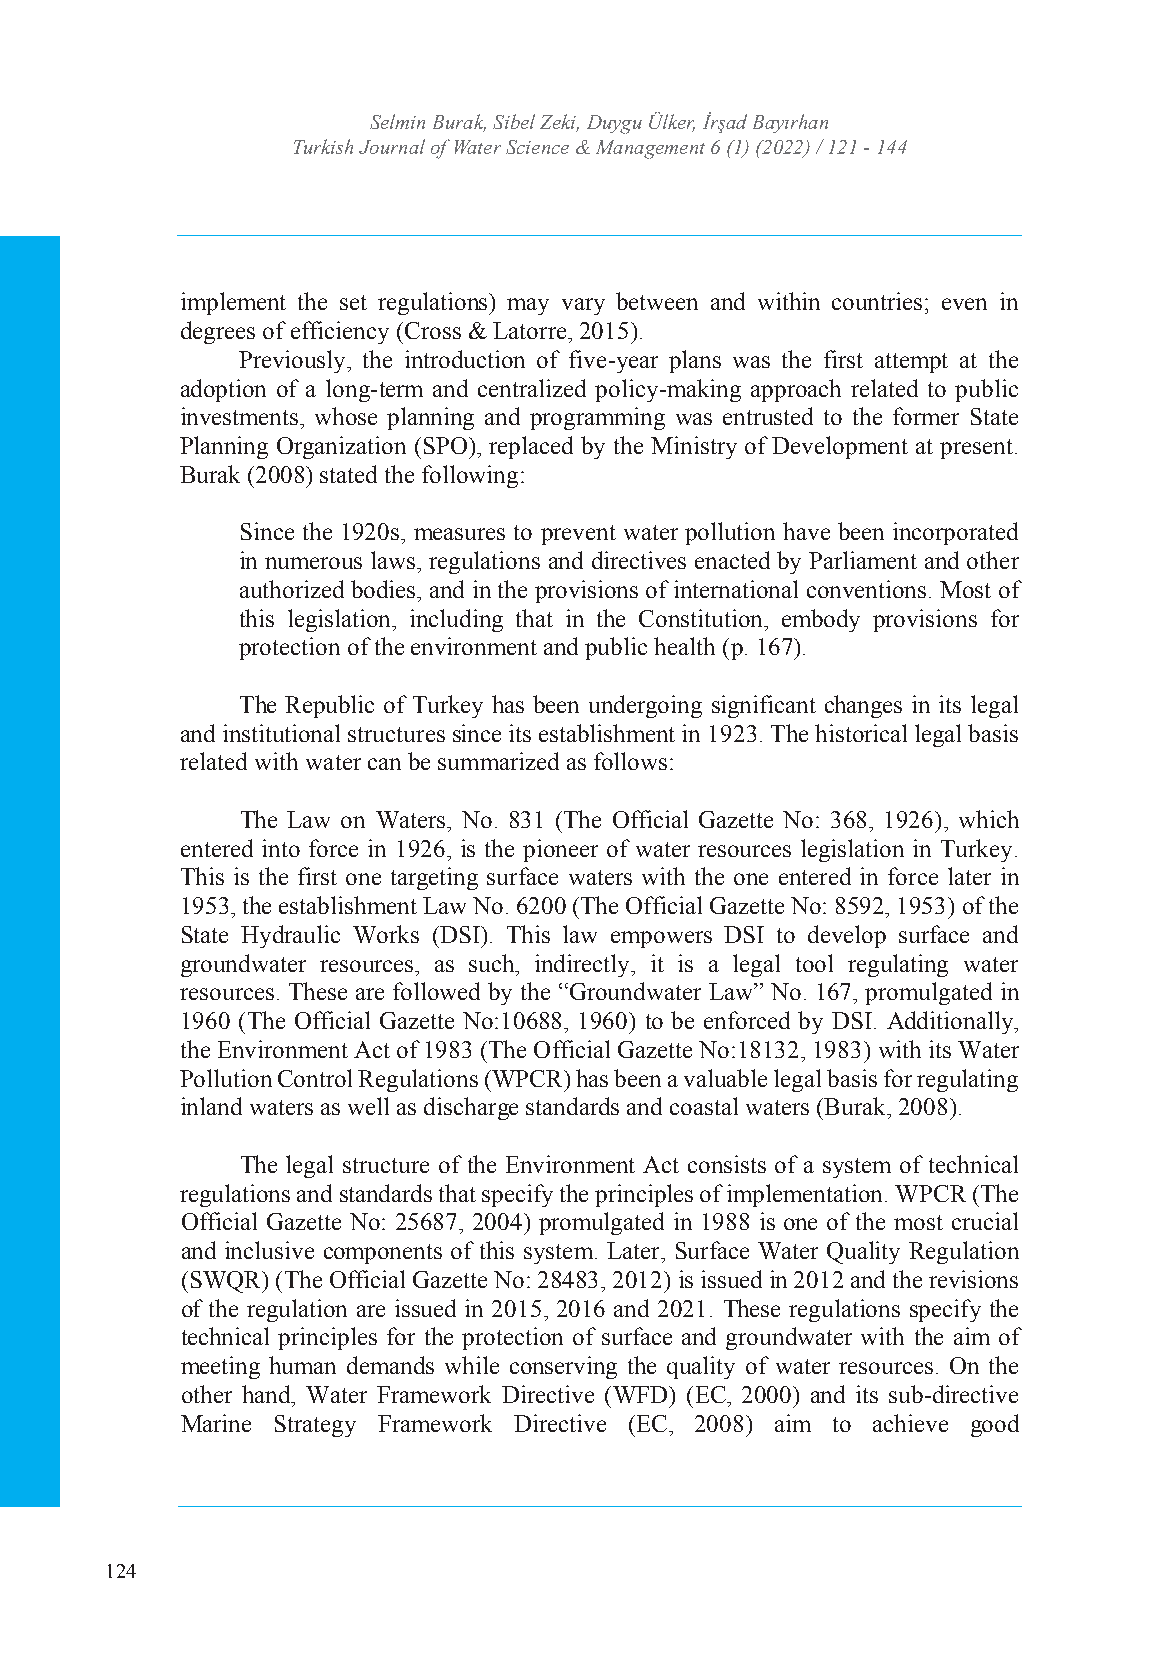
SelTmuirnk Bisuhr Jaoku, rSniable ol fZ Wekai,t eDr uSycgiuen Ücelk &er ,M İraşnaadg Bemayeınrhtan
 Turkish Journal of WaIStSeNr :S 2c5i3e6n 4c7e4 &X /M e-aISnSaNg: e2m56e4n-7t 363 4(1) (2022) / 121 - 144
 Volume: 6 Issue: 1 Year: 2022
 implement the set regulations) may vary between and within countries; even in
 degrees of efficiency (Cross & Latorre, 2015).
 Previously, the introduction of five-year plans was the first attempt at the
 adoption of a long-term and centralized policy-making approach related to public
 investments, whose planning and programming was entrusted to the former State
 Planning Organization (SPO), replaced by the Ministry of Development at present.
 Burak (2008) stated the following:
 Since the 1920s, measures to prevent water pollution have been incorporated
 in numerous laws, regulations and directives enacted by Parliament and other
 authorized bodies, and in the provisions of international conventions. Most of
 this legislation, including that in the Constitution, embody provisions for
 protection of the environment and public health (p. 167).
 The Republic of Turkey has been undergoing significant changes in its legal
 and institutional structures since its establishment in 1923. The historical legal basis
 related with water can be summarized as follows:
 The Law on Waters, No. 831 (The Official Gazette No: 368, 1926), which
 entered into force in 1926, is the pioneer of water resources legislation in Turkey.
 This is the first one targeting surface waters with the one entered in force later in
 1953, the establishment Law No. 6200 (The Official Gazette No: 8592, 1953) of the
 State Hydraulic Works (DSI). This law empowers DSI to develop surface and
 groundwater resources, as such, indirectly, it is a legal tool regulating water
 resources. These are followed by the “Groundwater Law” No. 167, promulgated in
 1960 (The Official Gazette No:10688, 1960) to be enforced by DSI. Additionally,
 the Environment Act of 1983 (The Official Gazette No:18132, 1983) with its Water
 Pollution Control Regulations (WPCR) has been a valuable legal basis for regulating
 inland waters as well as discharge standards and coastal waters (Burak, 2008).
 The legal structure of the Environment Act consists of a system of technical
 regulations and standards that specify the principles of implementation. WPCR (The
 Official Gazette No: 25687, 2004) promulgated in 1988 is one of the most crucial
 and inclusive components of this system. Later, Surface Water Quality Regulation
 (SWQR) (The Official Gazette No: 28483, 2012) is issued in 2012 and the revisions
 of the regulation are issued in 2015, 2016 and 2021. These regulations specify the
 technical principles for the protection of surface and groundwater with the aim of
 meeting human demands while conserving the quality of water resources. On the
 other hand, Water Framework Directive (WFD) (EC, 2000) and its sub-directive
 Marine Strategy Framework Directive (EC, 2008) aim to achieve good
 124
 4